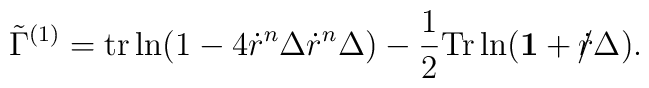
\tilde{\Gamma}^{(1)} ={\rm tr} \ln ( 1 - 4 \dot{r}^n \Delta \dot{r}^n \Delta )- \frac{1}{2} {\rm Tr} \ln( {\bf 1} + \dot{r}\!\!\!/ \Delta ).